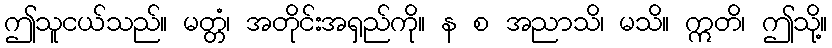
ဤသူငယ်သည်။ မတ္တံ၊ အတိုင်းအရှည်ကို။ န စ အညာသိ၊ မသိ။ ဣတိ၊ ဤသို့။